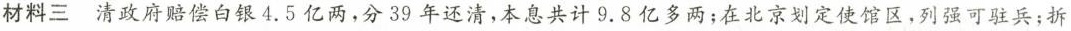
材料三清政府赔偿白银4.5亿两，分39年还清，本息共计9.8亿多两；在北京划定使馆区，列强可驻兵；拆